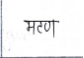
मजकूर: मटण